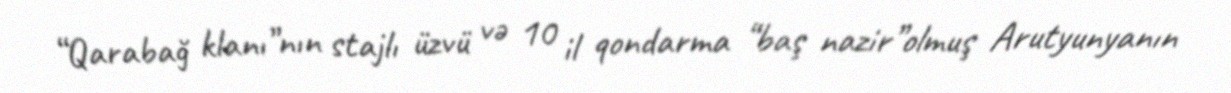
“Qarabağ klanı”nın stajlı üzvü və 10 il qondarma “baş nazir”olmuş Arutyunyanın